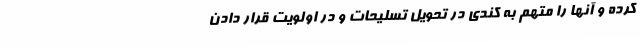
کرده و آنها را متهم به کندی در تحویل تسلیحات و در اولویت قرار دادن